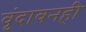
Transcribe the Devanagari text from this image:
वृंदावनही